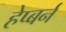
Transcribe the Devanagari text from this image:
हेप्बर्न